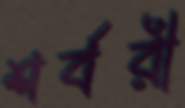
শর্বরী